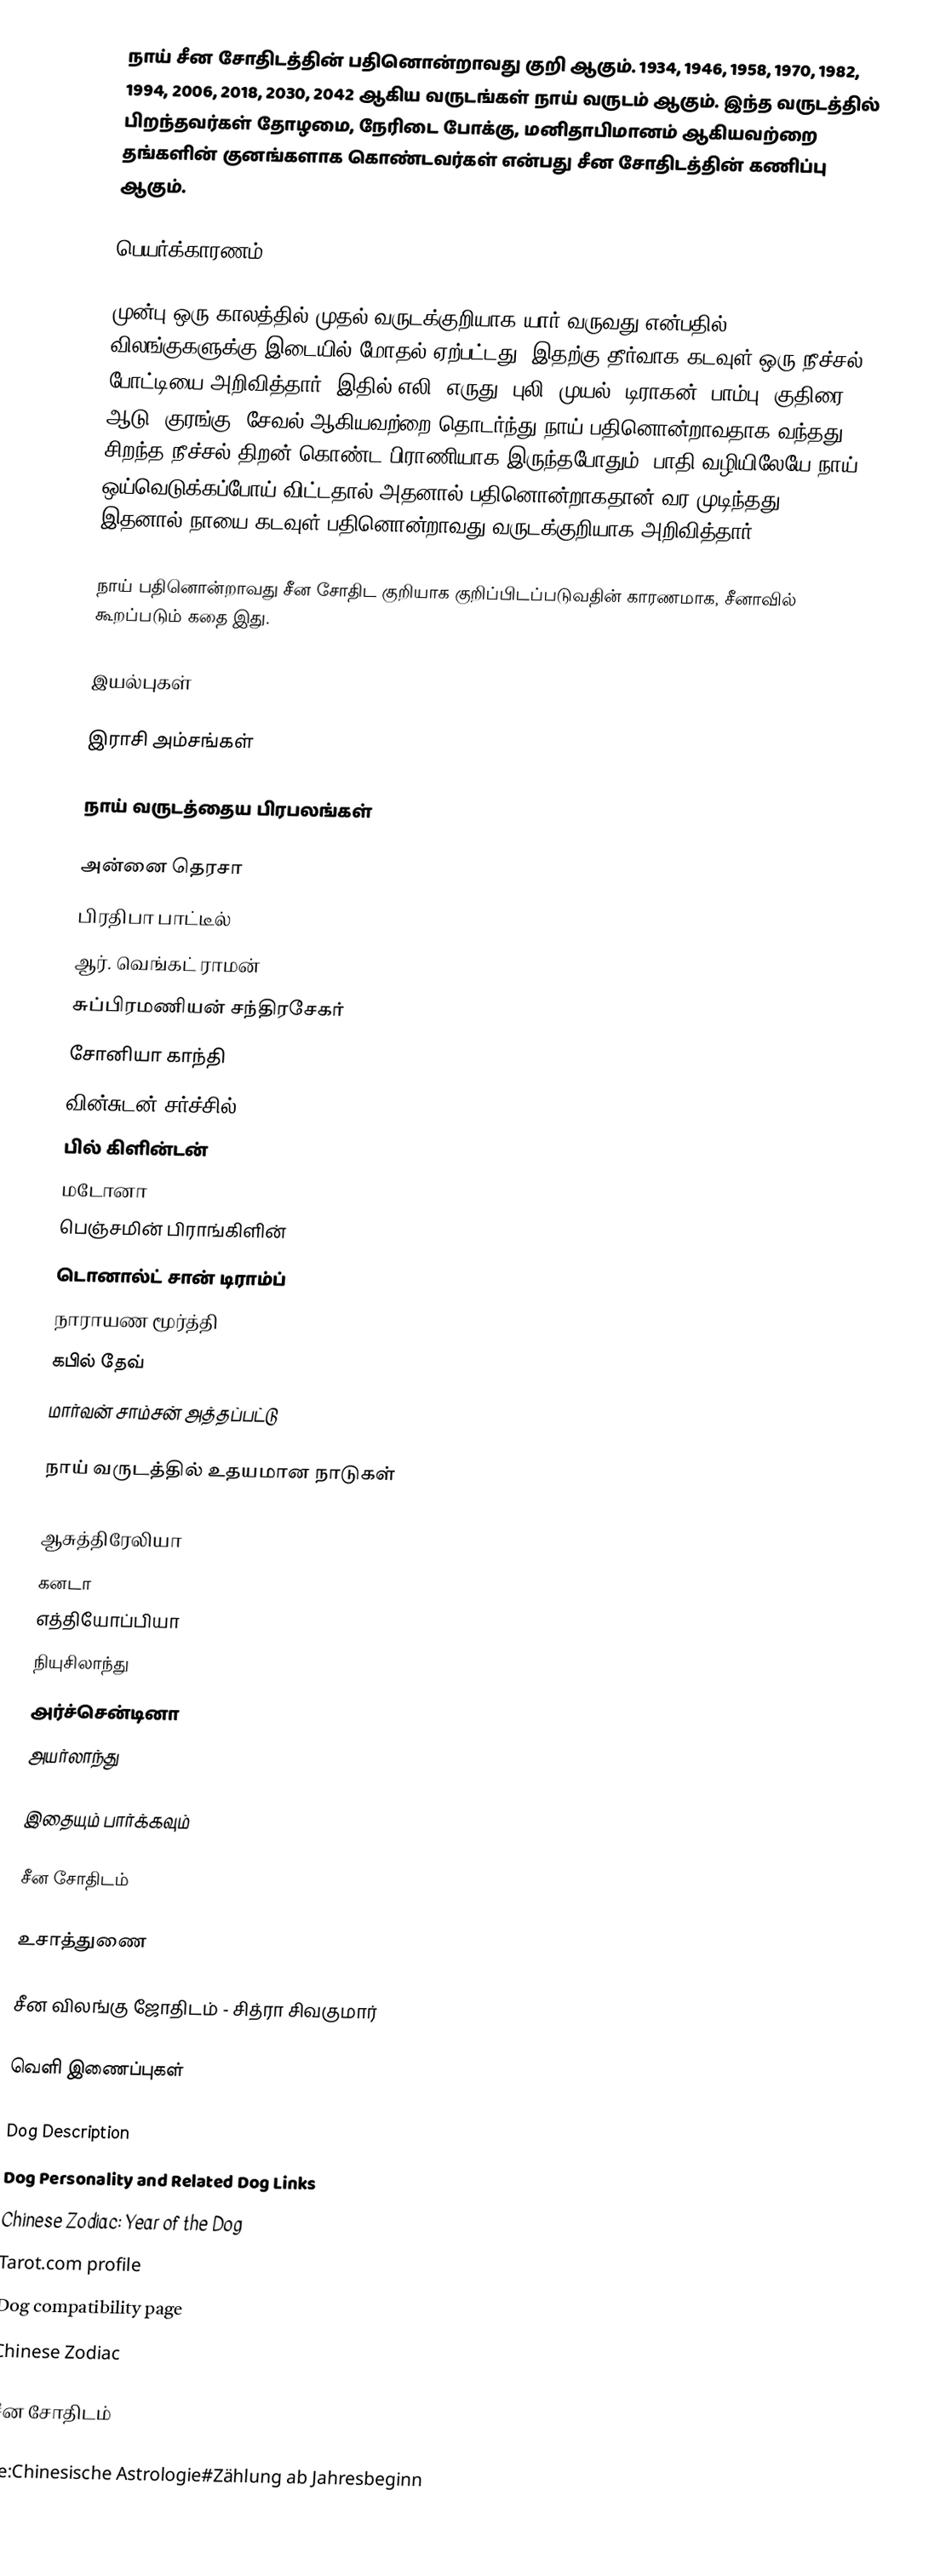
நாய் சீன சோதிடத்தின் பதினொன்றாவது குறி ஆகும். 1934, 1946, 1958, 1970, 1982, 1994, 2006, 2018, 2030, 2042 ஆகிய வருடங்கள் நாய் வருடம் ஆகும். இந்த வருடத்தில் பிறந்தவர்கள் தோழமை, நேரிடை போக்கு, மனிதாபிமானம் ஆகியவற்றை தங்களின் குனங்களாக கொண்டவர்கள் என்பது சீன சோதிடத்தின் கணிப்பு ஆகும்.

பெயர்க்காரணம்

முன்பு ஒரு காலத்தில் முதல் வருடக்குறியாக யார் வருவது என்பதில் விலங்குகளுக்கு இடையில் மோதல் ஏற்பட்டது. இதற்கு தீர்வாக கடவுள் ஒரு நீச்சல் போட்டியை அறிவித்தார். இதில் எலி, எருது, புலி, முயல், டிராகன், பாம்பு, குதிரை, ஆடு, குரங்கு, சேவல் ஆகியவற்றை தொடர்ந்து நாய் பதினொன்றாவதாக வந்தது. சிறந்த நீச்சல் திறன் கொண்ட பிராணியாக இருந்தபோதும், பாதி வழியிலேயே நாய் ஒய்வெடுக்கப்போய் விட்டதால் அதனால் பதினொன்றாகதான் வர முடிந்தது. இதனால் நாயை கடவுள் பதினொன்றாவது வருடக்குறியாக அறிவித்தார்.

நாய் பதினொன்றாவது சீன சோதிட குறியாக குறிப்பிடப்படுவதின் காரணமாக, சீனாவில் கூறப்படும் கதை இது.

இயல்புகள்

இராசி அம்சங்கள்

நாய் வருடத்தைய பிரபலங்கள்

 அன்னை தெரசா
 பிரதிபா பாட்டீல்
 ஆர். வெங்கட் ராமன்
 சுப்பிரமணியன் சந்திரசேகர்
 சோனியா காந்தி
 வின்சுடன் சர்ச்சில்
 பில் கிளின்டன்
 மடோனா
 பெஞ்சமின் பிராங்கிளின்
 டொனால்ட் சான் டிராம்ப்
 நாராயண மூர்த்தி
 கபில் தேவ்
 மார்வன் சாம்சன் அத்தப்பட்டு

நாய் வருடத்தில் உதயமான நாடுகள்

 ஆசுத்திரேலியா
 கனடா
 எத்தியோப்பியா
 நியுசிலாந்து
 அர்ச்சென்டினா
 அயர்லாந்து

இதையும் பார்க்கவும்

 சீன சோதிடம்

உசாத்துணை

 சீன விலங்கு ஜோதிடம் - சித்ரா சிவகுமார்

வெளி இணைப்புகள்

 Dog Description
 Dog Personality and Related Dog Links
 Chinese Zodiac: Year of the Dog
 Tarot.com profile
 Dog compatibility page
 Chinese Zodiac

சீன சோதிடம்

de:Chinesische Astrologie#Zählung ab Jahresbeginn